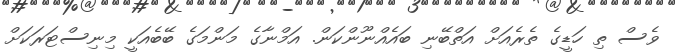
ވެސް ތި ހަޑީގެ ތެރެއަށް އަތްބޭނި ބައެއްނޫންކަން. އަމްނާގެ މަންމަގެ ބޭބެއަކީ މިނިސްޓަރަކަށް